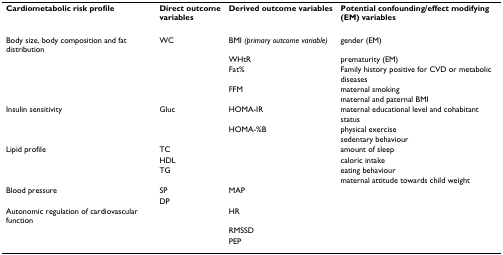
| Cardiometabolic risk profile | Direct outcomevariables | Derived outcome variables | Potential confounding/effect modifying (EM) variables |
 | --- | --- | --- | --- |
 | Body size, body composition and fat distribution | WC | BMI (primary outcome variable) | gender (EM) |
 |  |  | WHtR | prematurity (EM) |
 |  |  | Fat% | Family history positive for CVD or metabolic diseases |
 |  |  | FFM | maternal smoking |
 |  |  |  | maternal and paternal BMI |
 | Insulin sensitivity | Gluc | HOMA-IR | maternal educational level and cohabitant status |
 |  |  | HOMA-%B | physical exercise |
 |  |  |  | sedentary behaviour |
 | Lipid profile | TC |  | amount of sleep |
 |  | HDL |  | caloric intake |
 |  | TG |  | eating behaviour |
 |  |  |  | maternal attitude towards child weight |
 | Blood pressure | SP | MAP |  |
 |  | DP |  |  |
 | Autonomic regulation of cardiovascular function |  | HR |  |
 |  |  | RMSSD |  |
 |  |  | PEP |  |